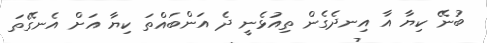
ބުނޭ ކިޔާ އާ އިނދެގެން ތިއުޅެނީ ދެ އަންބައްތަ ކިޔާ އަށް އެނގޭތަ